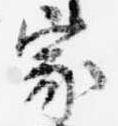
家